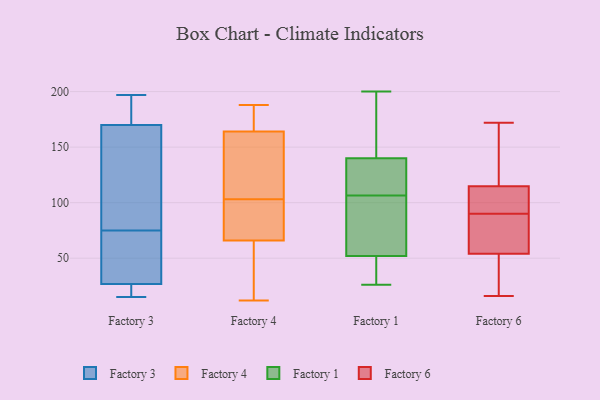
{"axis": {"x": "Page Views", "y": "Value"}, "legend": ["Factory 1", "Factory 3", "Factory 4", "Factory 6"], "data": [{"x": "", "y": 17, "type": "Factory 3"}, {"x": "", "y": 70, "type": "Factory 3"}, {"x": "", "y": 184, "type": "Factory 3"}, {"x": "", "y": 186, "type": "Factory 3"}, {"x": "", "y": 15, "type": "Factory 3"}, {"x": "", "y": 113, "type": "Factory 3"}, {"x": "", "y": 69, "type": "Factory 3"}, {"x": "", "y": 182, "type": "Factory 3"}, {"x": "", "y": 63, "type": "Factory 3"}, {"x": "", "y": 166, "type": "Factory 3"}, {"x": "", "y": 143, "type": "Factory 3"}, {"x": "", "y": 15, "type": "Factory 3"}, {"x": "", "y": 97, "type": "Factory 3"}, {"x": "", "y": 30, "type": "Factory 3"}, {"x": "", "y": 197, "type": "Factory 3"}, {"x": "", "y": 16, "type": "Factory 3"}, {"x": "", "y": 75, "type": "Factory 3"}, {"x": "", "y": 107, "type": "Factory 4"}, {"x": "", "y": 12, "type": "Factory 4"}, {"x": "", "y": 66, "type": "Factory 4"}, {"x": "", "y": 72, "type": "Factory 4"}, {"x": "", "y": 164, "type": "Factory 4"}, {"x": "", "y": 188, "type": "Factory 4"}, {"x": "", "y": 182, "type": "Factory 4"}, {"x": "", "y": 13, "type": "Factory 4"}, {"x": "", "y": 99, "type": "Factory 4"}, {"x": "", "y": 117, "type": "Factory 4"}, {"x": "", "y": 115, "type": "Factory 1"}, {"x": "", "y": 200, "type": "Factory 1"}, {"x": "", "y": 107, "type": "Factory 1"}, {"x": "", "y": 140, "type": "Factory 1"}, {"x": "", "y": 110, "type": "Factory 1"}, {"x": "", "y": 38, "type": "Factory 1"}, {"x": "", "y": 186, "type": "Factory 1"}, {"x": "", "y": 26, "type": "Factory 1"}, {"x": "", "y": 106, "type": "Factory 1"}, {"x": "", "y": 172, "type": "Factory 1"}, {"x": "", "y": 151, "type": "Factory 1"}, {"x": "", "y": 138, "type": "Factory 1"}, {"x": "", "y": 43, "type": "Factory 1"}, {"x": "", "y": 78, "type": "Factory 1"}, {"x": "", "y": 51, "type": "Factory 1"}, {"x": "", "y": 53, "type": "Factory 1"}, {"x": "", "y": 96, "type": "Factory 1"}, {"x": "", "y": 52, "type": "Factory 1"}, {"x": "", "y": 105, "type": "Factory 6"}, {"x": "", "y": 16, "type": "Factory 6"}, {"x": "", "y": 90, "type": "Factory 6"}, {"x": "", "y": 60, "type": "Factory 6"}, {"x": "", "y": 52, "type": "Factory 6"}, {"x": "", "y": 67, "type": "Factory 6"}, {"x": "", "y": 172, "type": "Factory 6"}, {"x": "", "y": 32, "type": "Factory 6"}, {"x": "", "y": 25, "type": "Factory 6"}, {"x": "", "y": 98, "type": "Factory 6"}, {"x": "", "y": 118, "type": "Factory 6"}, {"x": "", "y": 141, "type": "Factory 6"}, {"x": "", "y": 152, "type": "Factory 6"}, {"x": "", "y": 95, "type": "Factory 6"}, {"x": "", "y": 89, "type": "Factory 6"}]}